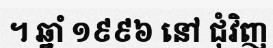
។ ឆ្នាំ ១៩៩៦ នៅ ជុំវិញ